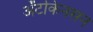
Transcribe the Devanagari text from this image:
अॅटकिनसन